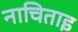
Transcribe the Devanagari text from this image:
नाचिताइ